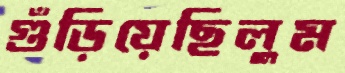
গুঁড়িয়েছিলুম